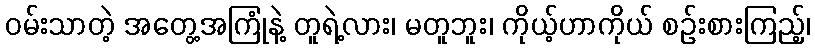
ဝမ်းသာတဲ့ အတွေ့အကြုံနဲ့ တူရဲ့လား၊ မတူဘူး၊ ကိုယ့်ဟာကိုယ် စဉ်းစားကြည့်၊